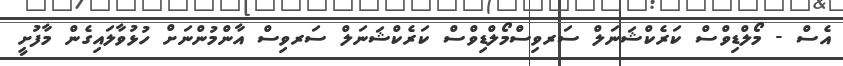
އެސް - މޯލްޑިވްސް ކަރެކްޝަނަލް ސަރވިސްމޯލްޑިވްސް ކަރެކްޝަނަލް ސަރވިސް އާންމުންނަށް ހުޅުވާލައިގެން މާފުށީ